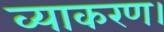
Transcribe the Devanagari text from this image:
व्याकरण।